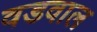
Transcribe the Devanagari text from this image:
वडवाल